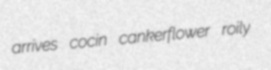
arrives cocin cankerflower roily